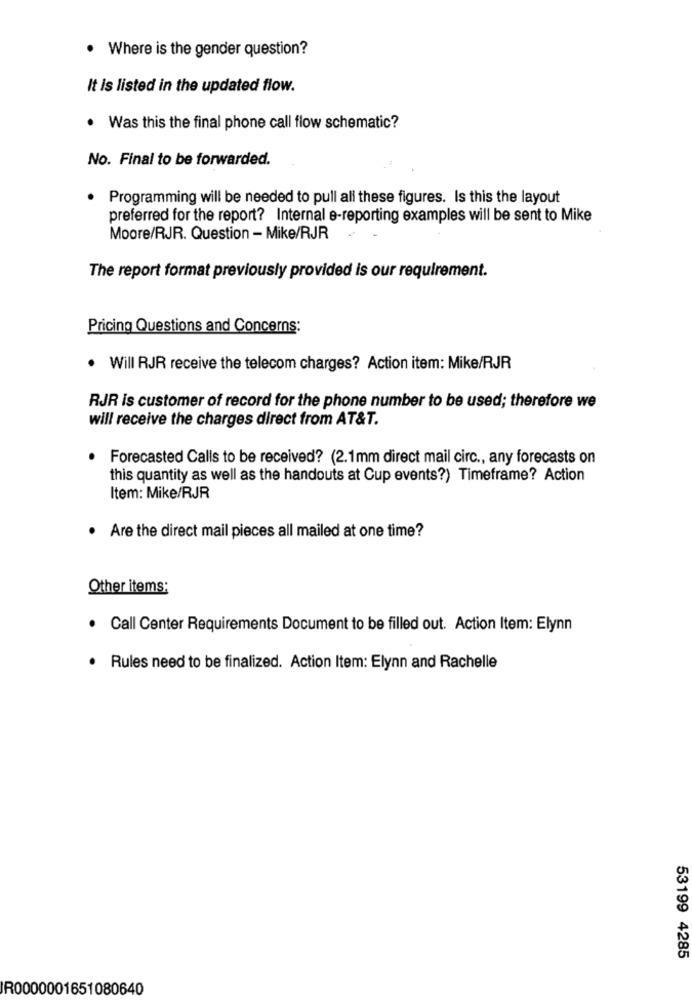
. Where is the gender question?
It is listed in the updated flow.
. Was this the final phone call flow schematic?
No. Final to be forwarded.
.
Programming will be needed to pull all these figures. Is this the layout
preferred for the report? Internal e-reporting examples will be sent to Mike
Moore/RJR. Question - Mike/RJR
The report format previously provided is our requirement.
Pricing Questions and Concerns:
. Will RJR receive the telecom charges? Action item: Mike/RJR
RJR is customer of record for the phone number to be used; therefore we
will receive the charges direct from AT&T.
Forecasted Calls to be received? (2.1mm direct mail circ ., any forecasts on
this quantity as well as the handouts at Cup events?) Timeframe? Action
Item: Mike/RJR
· Are the direct mail pieces all mailed at one time?
Other items:
· Call Center Requirements Document to be filled out. Action Item: Elynn
· Rules need to be finalized. Action Item: Elynn and Rachelle
53199 4285
IR0000001651080640